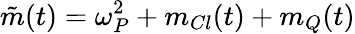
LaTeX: \tilde{m}(t)=\omega_{P}^{2}+m_{Cl}(t)+m_{Q}(t)